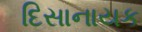
દિસાનાયક